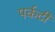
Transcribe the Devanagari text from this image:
पर्कटी